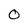
Character: 0